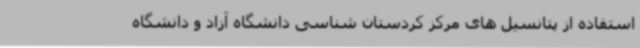
استفاده از پتانسیل های مرکز کردستان شناسی دانشگاه آزاد و دانشگاه